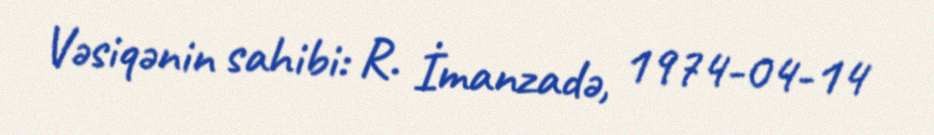
Vəsiqənin sahibi: R. İmanzadə, 1974-04-14